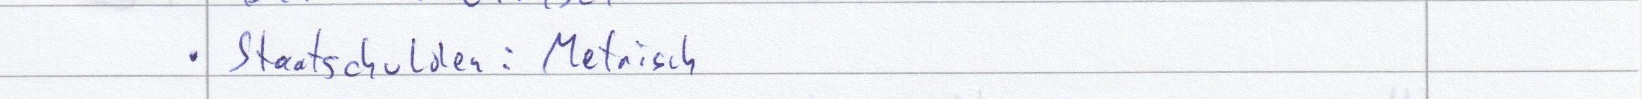
Staatschulden : Metrisch